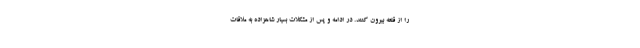
را از قلعه بیرون کنند. در ادامه و پس از مشکلات بسیار شاهزاده به ملاقات